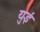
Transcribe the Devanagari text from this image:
युई